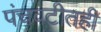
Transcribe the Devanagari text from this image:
पंचवटीतही